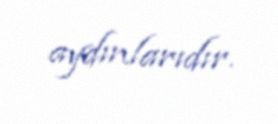
aydınlarıdır.